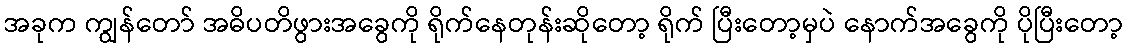
အခုက ကျွန်တော် အဓိပတိဖွားအခွေကို ရိုက်နေတုန်းဆိုတော့ ရိုက် ပြီးတော့မှပဲ နောက်အခွေကို ပိုပြီးတော့